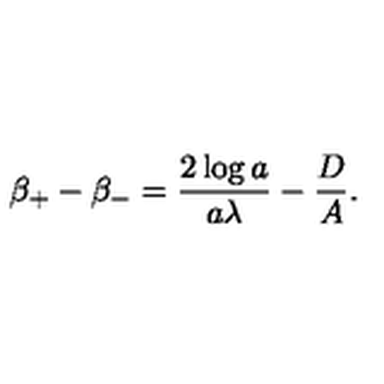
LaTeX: \beta _ { + } - \beta _ { - } = \frac { 2 \log a } { a \lambda } - \frac { D } { A } .